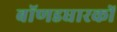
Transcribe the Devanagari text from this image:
बॉणडधारकों